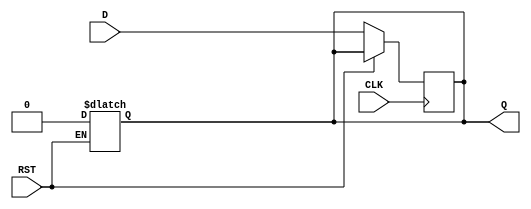
module InputRegister (
    input wire D,       // Data input
    input wire CLK,     // Clock input
    input wire RST,     // Asynchronous reset
    output reg Q        // Output
);

// Asynchronous reset behavior
always @(*) begin
    if (RST) begin
        Q <= 1'b0;  // Reset output to zero
    end
end

// Synchronous behavior on clock edge
always @(posedge CLK) begin
    if (!RST) begin
        Q <= D;     // Capture and store the input data on the rising edge of the clock
    end
end

endmodule